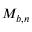
M _ { b , n }